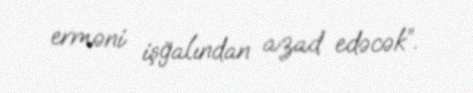
erməni işğalından azad edəcək”.